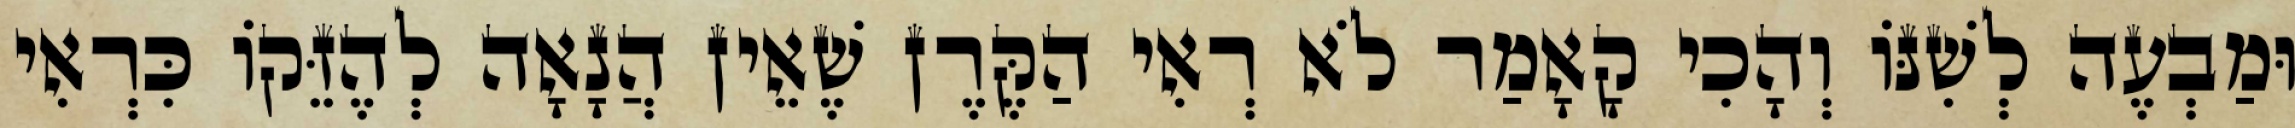
וּמַבְעֶה לְשִׁנּוֹ וְהָכִי קָאָמַר לֹא רְאִי הַקֶּרֶן שֶׁאֵין הֲנָאָה לְהֶזֵּקוֹ כִּרְאִי